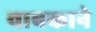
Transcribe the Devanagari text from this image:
चाबकाने